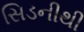
સિડનીથી